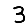
Digit: 3